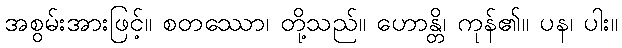
အစွမ်းအားဖြင့်။ စတဿော၊ တို့သည်။ ဟောန္တိ၊ ကုန်၏။ ပန၊ ပါး။